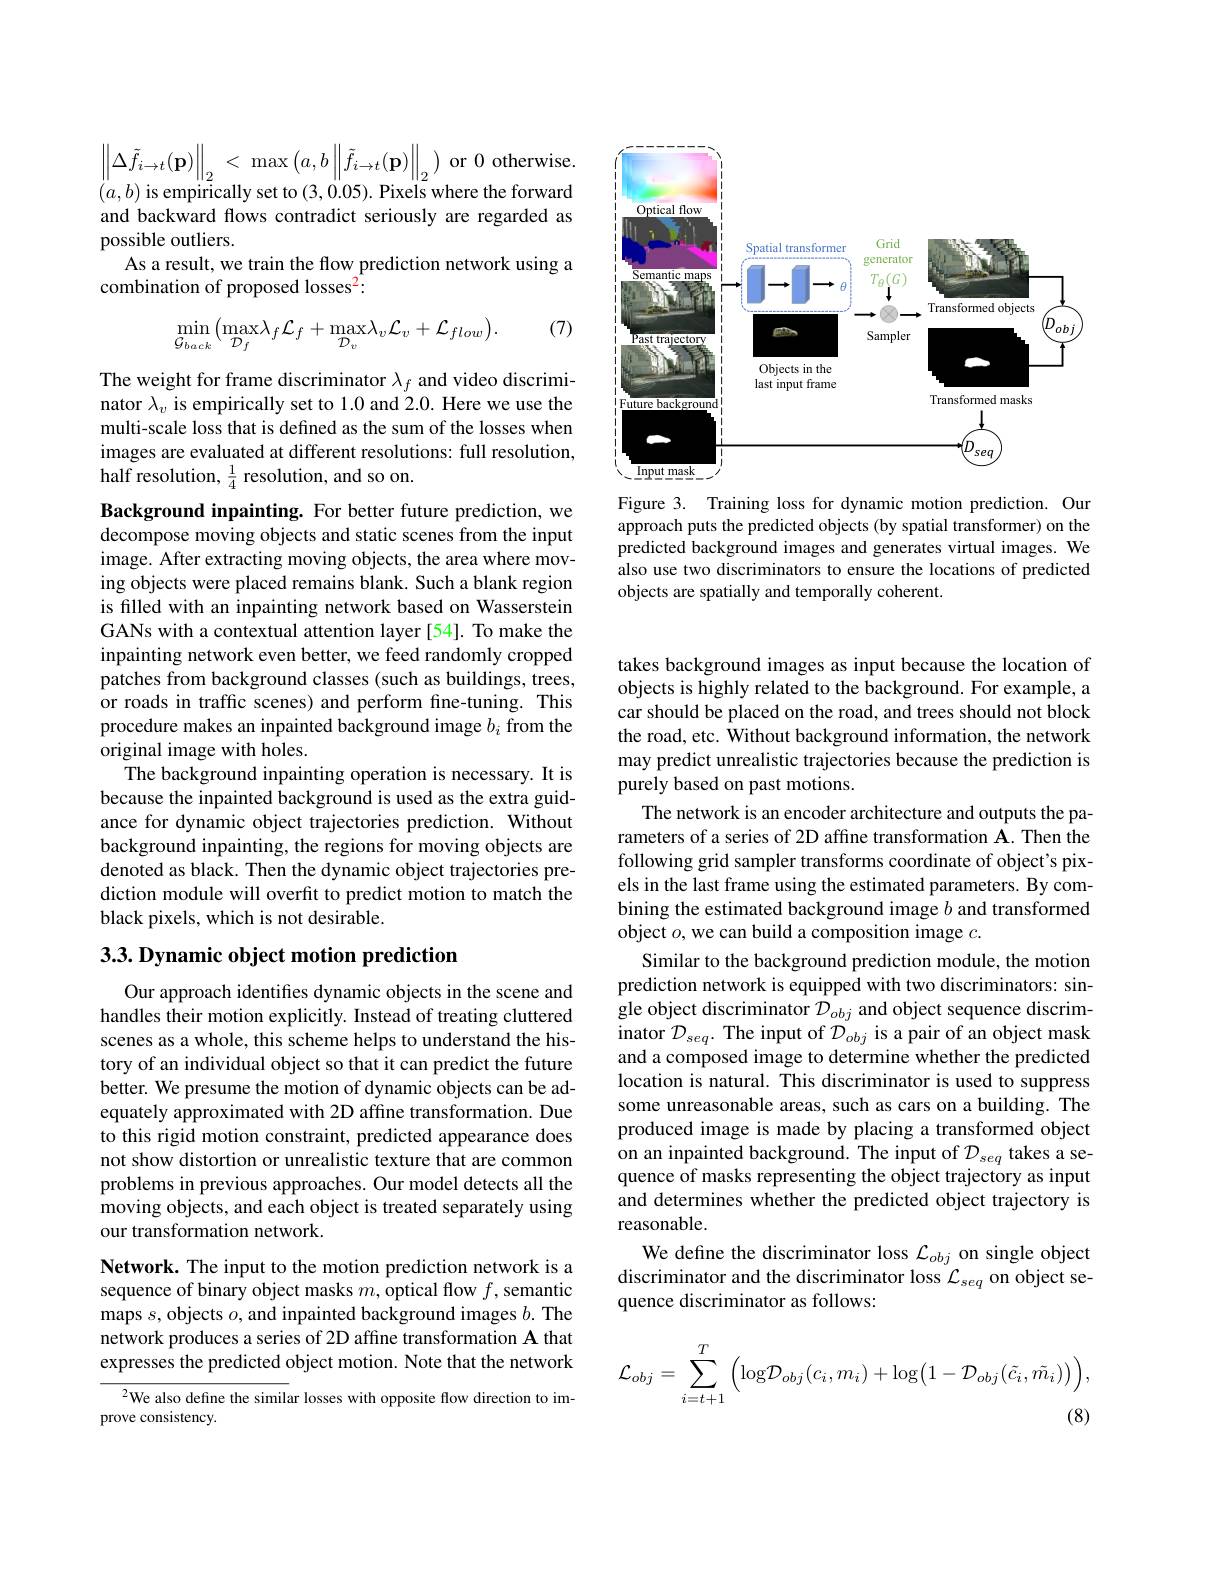
$\begin{Vmatrix} \Delta \tilde{f} _{i\to t}( \mathbf{p} ) \end{Vmatrix} _{2}$ < $\max \left ( a, b\left \| \tilde{f} _{i\to t}( \mathbf{p} ) \right \| _{2}\right )$or0otherwise. $(a,b)$ is empirically set to (3,0.05). Pixels where the forward and backward flows contradict seriously are regarded as possible outliers.
As a result, we train the flow prediction network using a
combination of proposed losses$^2:$

(7)
$$\min_{\mathcal{G}_{back}}\big(\max_{\mathcal{D}_{f}}\lambda_{f}\mathcal{L}_{f}+\max_{\mathcal{D}_{v}}\lambda_{v}\mathcal{L}_{v}+\mathcal{L}_{flow}\big).$$
The weight for frame discriminator $\lambda_f$ and video discriminator $\lambda_v$ is empirically set to 1.0 and 2.0. Here we use the multi-scale loss that is defined as the sum of the losses when images are evaluated at different resolutions: full resolution, half resolution, $\frac14$ resolution, and so on.

Background inpainting. For better future prediction, we decompose moving objects and static scenes from the input image. After extracting moving objects, the area where moving objects were placed remains blank. Such a blank region is filled with an inpainting network based on Wasserstein GANs with a contextual attention layer [54]. To make the inpainting network even better, we feed randomly cropped patches from background classes (such as buildings, trees, or roads in traffic scenes) and perform fine-tuning. This procedure makes an inpainted background image $b_i$ from the original image with holes.
The background inpainting operation is necessary. It is because the inpainted background is used as the extra guidance for dynamic object trajectories prediction. Without background inpainting, the regions for moving objects are denoted as black. Then the dynamic object trajectories prediction module will overfit to predict motion to match the black pixels, which is not desirable.

## $3. 3. \textbf{Dynamic object motion prediction}$

Our approach identifes dynamic objects in the scene and handles their motion explicitly. Instead of treating cluttered scenes as a whole, this scheme helps to understand the history of an individual object so that it can predict the future better. We presume the motion of dynamic objects can be adequately approximated with 2D affine transformation. Due to this rigid motion constraint, predicted appearance does not show distortion or unrealistic texture that are common problems in previous approaches. Our model detects all the moving objects, and each object is treated separately using our transformation network.

Network. The input to the motion prediction network is a sequence of binary object masks $m$,optical flow $f$,semantic maps $s$,objects $o$, and inpainted background images $b.$ The network produces a series of 2D affine transformation A that expresses the predicted object motion. Note that the network

$^{2}$We also define the similar losses with opposite flow direction to im-
prove consistency.

<FigureHere>
Figure 3. Training loss for dynamic motion prediction. Our

approach puts the predicted objects (by spatial transformer) on the predicted background images and generates virtual images. We also use two discriminators to ensure the locations of predicted objects are spatially and temporally coherent.

takes background images as input because the location of objects is highly related to the background. For example, a car should be placed on the road, and trees should not block the road, etc. Without background information, the network may predict unrealistic trajectories because the prediction is purely based on past motions.
The network is an encoder architecture and outputs the parameters of a series of 2D affine transformation A. Then the following grid sampler transforms coordinate of object's pixels in the last frame using the estimated parameters. By combining the estimated background image $b$ and transformed object $o$,we can build a composition image $c.$
Similar to the background prediction module, the motion prediction network is equipped with two discriminators: single object discriminator $\mathcal{D}_obj$ and object sequence discriminator $\mathcal{D}_seq.$ The input of $\mathcal{D}_obj$ is a pair of an object mask and a composed image to determine whether the predicted location is natural. This discriminator is used to suppress some unreasonable areas, such as cars on a building. The produced image is made by placing a transformed object on an inpainted background. The input of $\mathcal{D}_seq$ takes a sequence of masks representing the object trajectory as input and determines whether the predicted object trajectory is reasonable.
We define the discriminator loss $\mathcal{L}_{obj}$ on single object discriminator and the discriminator loss $\mathcal{L}_{seq}$ on object sequence discriminator as follows:
$$\mathcal{L}_{obj}=\sum_{i=t+1}^{T}\Big(\log\mathcal{D}_{obj}(c_{i},m_{i})+\log\Big(1-\mathcal{D}_{obj}(\tilde{c}_{i},\tilde{m}_{i})\Big)\Big),$$